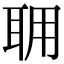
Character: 𦕘